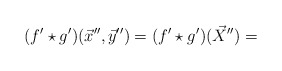
\begin{align*}(f'\star g')(\vec{x}'',\vec{y}'')=(f'\star g')(\vec{X}'')=\end{align*}